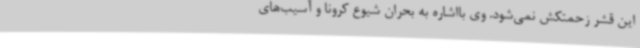
این قشر زحمتکش نمی‌شود. وی بااشاره به بحران شیوع کرونا و آسیب‌های